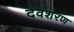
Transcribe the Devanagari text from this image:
देवशरण